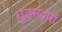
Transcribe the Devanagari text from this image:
घुडसवारों